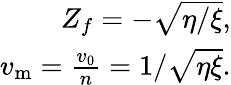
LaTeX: \begin{array}{r}{Z_{f}=-\sqrt{\eta/\xi},}\\ {v_{\mathrm{{m}}}=\frac{v_{0}}{n}=1/\sqrt{\eta\xi}.}\end{array}